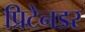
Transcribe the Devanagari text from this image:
प्रिटेनडर